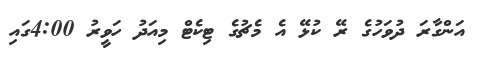
އަންގާރަ ދުވަހުގެ ރޭ ކުޅޭ އެ މެޗުގެ ޓިކެޓް މިއަދު ހަވީރު 4:00ގައި